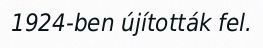
1924-ben újították fel.